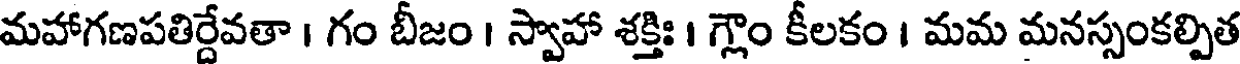
మహాగణపతిర్దేవతా । గం బీజం । స్వాహా శక్తిః । గ్లౌం కీలకం । మమ మనస్సంకల్పిత